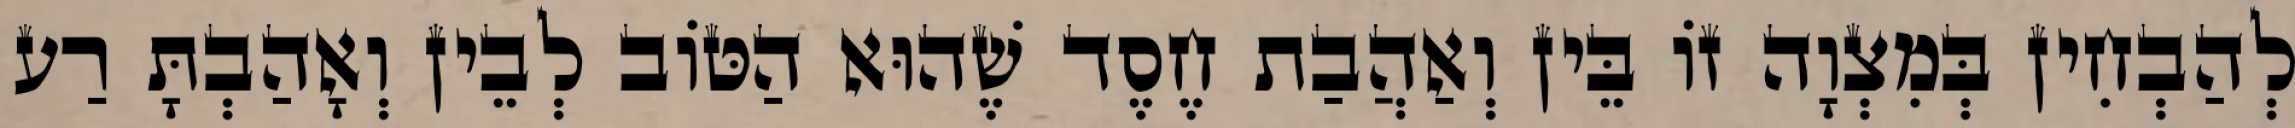
לְהַבְחִין בְּמִצְוָה זוֹ בֵּין וְאַהֲבַת חֶסֶד שֶׁהוּא הַטּוֹב לְבֵין וְאָהַבְתָּ רַע